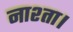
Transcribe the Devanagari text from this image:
नाश्ता।